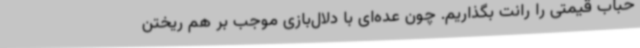
حباب قیمتی را رانت بگذاریم. چون عده‌ای با دلال‌بازی موجب بر هم ریختن